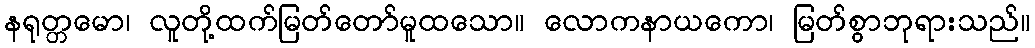
နရုတ္တမော၊ လူတို့ထက်မြတ်တော်မူထသော။ လောကနာယကော၊ မြတ်စွာဘုရားသည်။